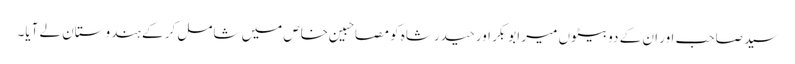
سید صاحب اور ان کے دو بیٹوں میر ابوبکر اور حیدرشاہ کو مصاحبین خاص میں شامل کر کے ہندوستان لے آیا۔